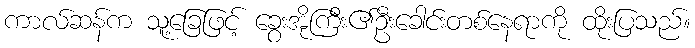
ကာလ်ဆန်က သူ့ခြေဖြင့် ခွေးအိုကြီး၏ဦးခေါင်းတစ်နေရာကို ထိုးပြသည်။